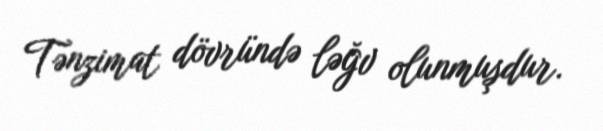
Tənzimat dövründə ləğv olunmuşdur.